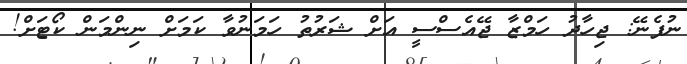
ނުފެނޭ: ޖިހާދު ހަމްޒާ ޖޭއެސްސީ އަށް ޝަރުތު ހަމަނުވާ ކަމަށް ނިންމަން ކޯޓަށް!